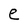
Character: e